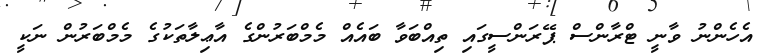
އެހެންނު ވާނީ ޓްރާންސް ޕޭރަންސީގައި ތިއްބަވާ ބައެއް މެމްބަރުންގެ އާޢިލާތަކުގެ މެމްބަރުން ނަކީ